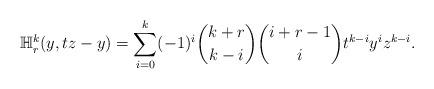
LaTeX: \begin{align*}\mathbb{H}_r^k(y, tz-y)=\sum_{i=0}^k(-1)^i\dbinom{k+r}{k-i}\dbinom{i+r-1}{i}t^{k-i}y^iz^{k-i}.\end{align*}